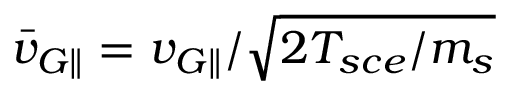
\bar { v } _ { G \parallel } = v _ { G \parallel } / \sqrt { 2 T _ { s c e } / m _ { s } }